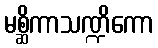
မစ္ဆိကာသဏ္ဍိကော